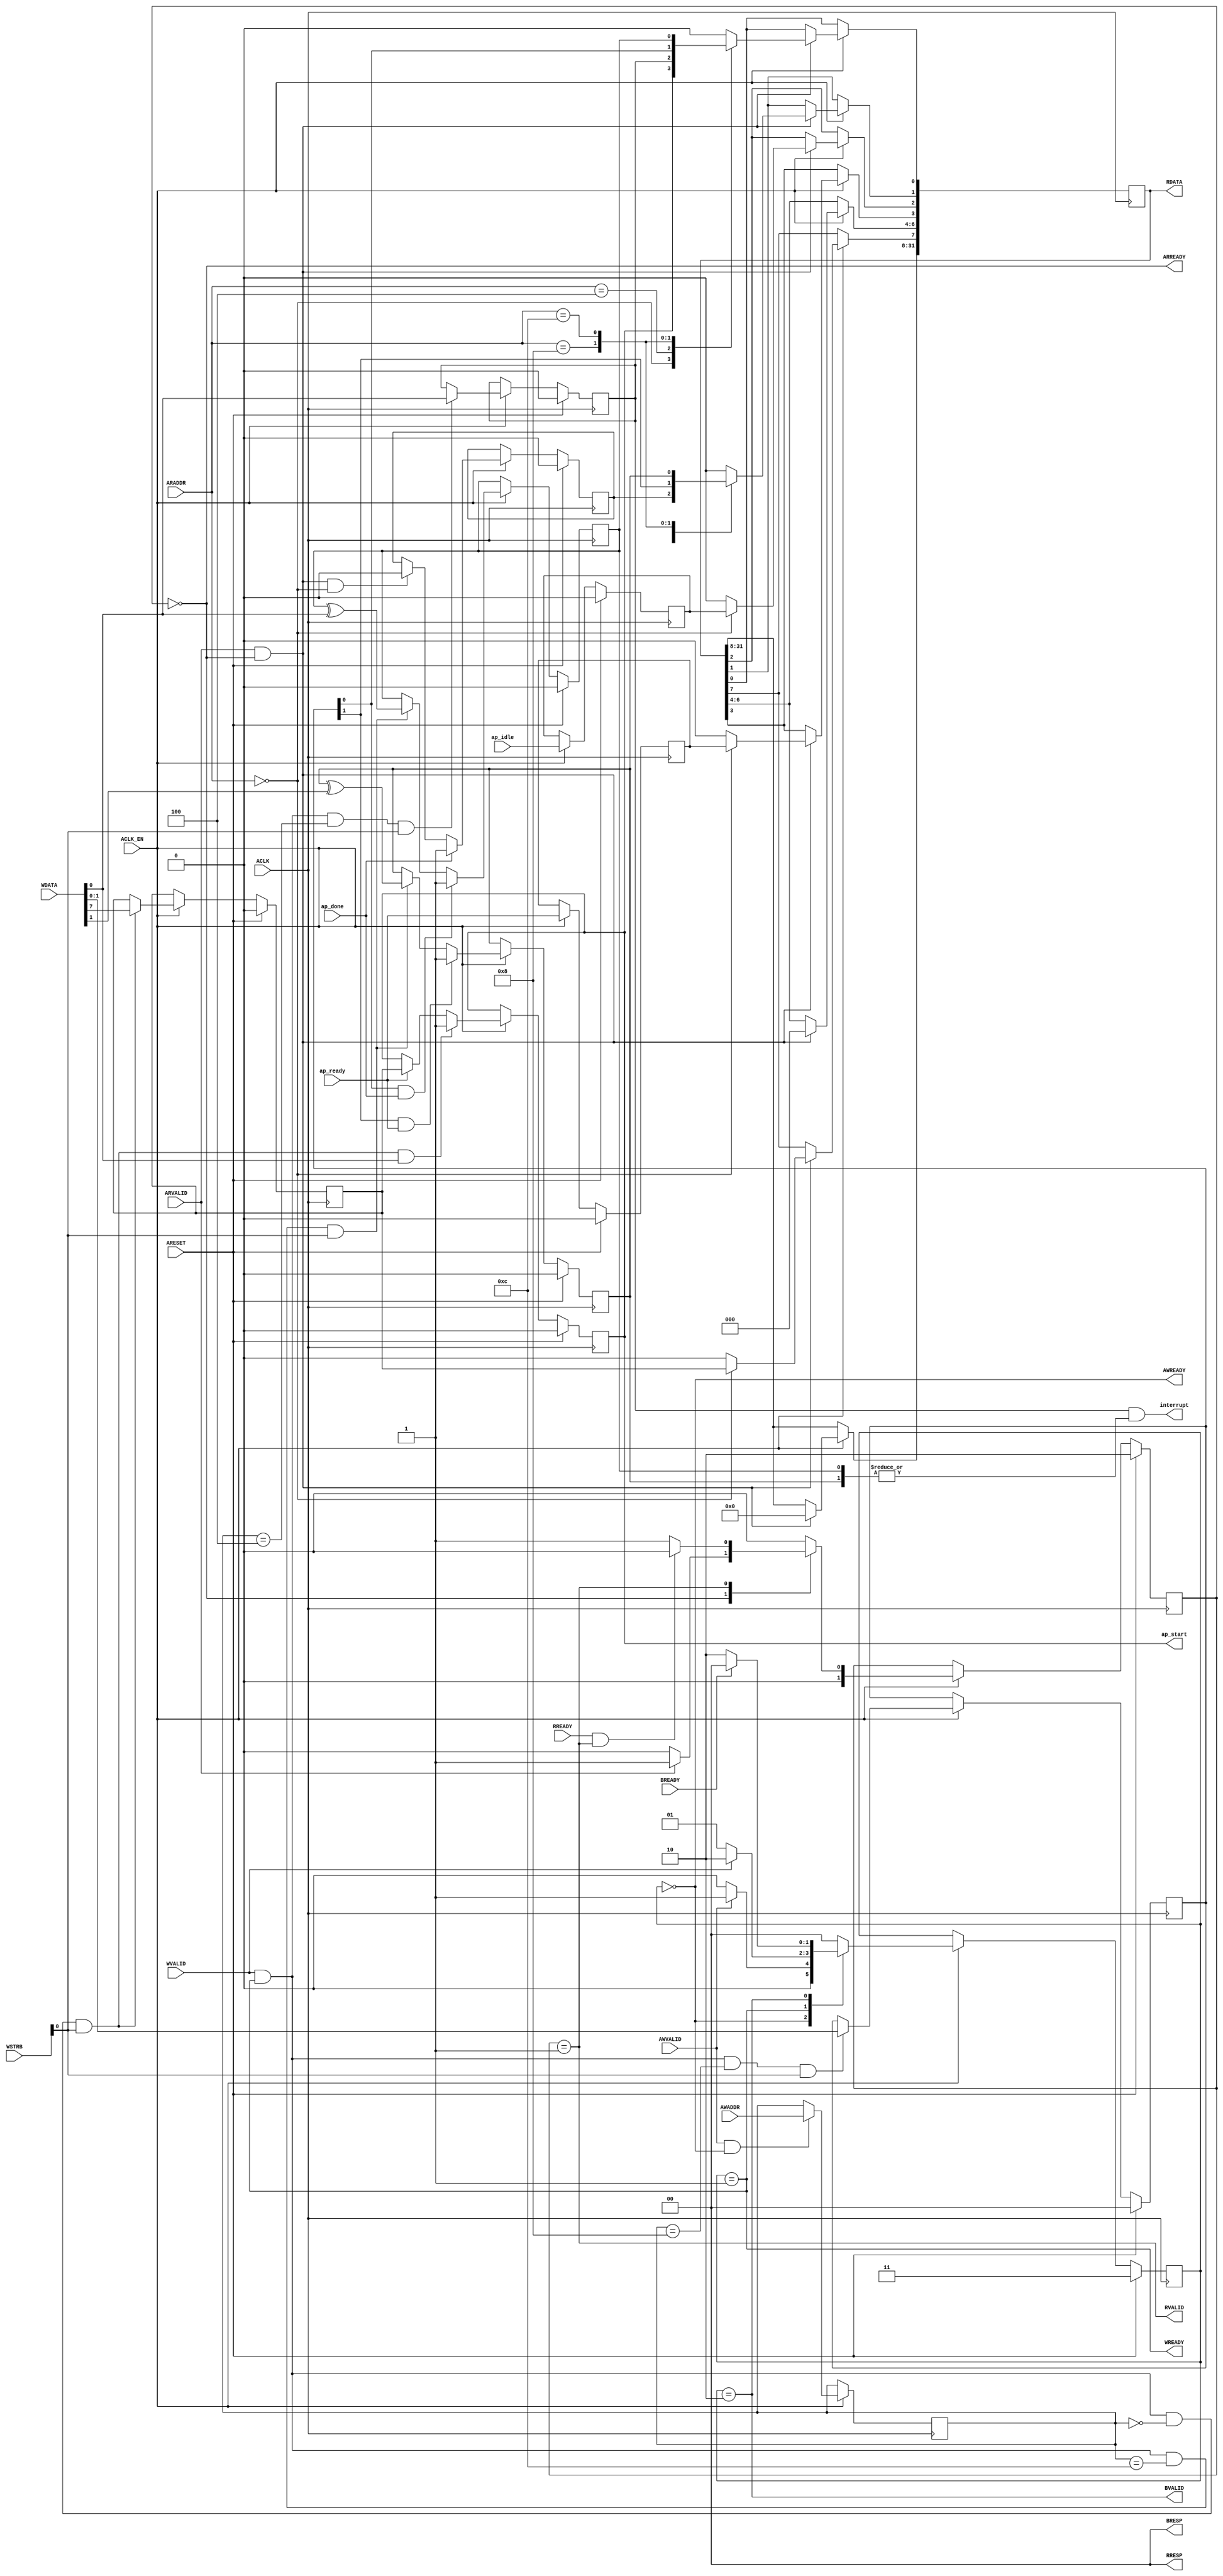
// ==============================================================
// Vivado(TM) HLS - High-Level Synthesis from C, C++ and SystemC v2019.2.1 (64-bit)
// Copyright 1986-2019 Xilinx, Inc. All Rights Reserved.
// ==============================================================
`timescale 1ns/1ps
module nn_accel_nn_accel_AXILiteS_s_axi
#(parameter
    C_S_AXI_ADDR_WIDTH = 4,
    C_S_AXI_DATA_WIDTH = 32
)(
    input  wire                          ACLK,
    input  wire                          ARESET,
    input  wire                          ACLK_EN,
    input  wire [C_S_AXI_ADDR_WIDTH-1:0] AWADDR,
    input  wire                          AWVALID,
    output wire                          AWREADY,
    input  wire [C_S_AXI_DATA_WIDTH-1:0] WDATA,
    input  wire [C_S_AXI_DATA_WIDTH/8-1:0] WSTRB,
    input  wire                          WVALID,
    output wire                          WREADY,
    output wire [1:0]                    BRESP,
    output wire                          BVALID,
    input  wire                          BREADY,
    input  wire [C_S_AXI_ADDR_WIDTH-1:0] ARADDR,
    input  wire                          ARVALID,
    output wire                          ARREADY,
    output wire [C_S_AXI_DATA_WIDTH-1:0] RDATA,
    output wire [1:0]                    RRESP,
    output wire                          RVALID,
    input  wire                          RREADY,
    output wire                          interrupt,
    output wire                          ap_start,
    input  wire                          ap_done,
    input  wire                          ap_ready,
    input  wire                          ap_idle
);
//------------------------Address Info-------------------
// 0x0 : Control signals
//       bit 0  - ap_start (Read/Write/COH)
//       bit 1  - ap_done (Read/COR)
//       bit 2  - ap_idle (Read)
//       bit 3  - ap_ready (Read)
//       bit 7  - auto_restart (Read/Write)
//       others - reserved
// 0x4 : Global Interrupt Enable Register
//       bit 0  - Global Interrupt Enable (Read/Write)
//       others - reserved
// 0x8 : IP Interrupt Enable Register (Read/Write)
//       bit 0  - Channel 0 (ap_done)
//       bit 1  - Channel 1 (ap_ready)
//       others - reserved
// 0xc : IP Interrupt Status Register (Read/TOW)
//       bit 0  - Channel 0 (ap_done)
//       bit 1  - Channel 1 (ap_ready)
//       others - reserved
// (SC = Self Clear, COR = Clear on Read, TOW = Toggle on Write, COH = Clear on Handshake)

//------------------------Parameter----------------------
localparam
    ADDR_AP_CTRL = 4'h0,
    ADDR_GIE     = 4'h4,
    ADDR_IER     = 4'h8,
    ADDR_ISR     = 4'hc,
    WRIDLE       = 2'd0,
    WRDATA       = 2'd1,
    WRRESP       = 2'd2,
    WRRESET      = 2'd3,
    RDIDLE       = 2'd0,
    RDDATA       = 2'd1,
    RDRESET      = 2'd2,
    ADDR_BITS         = 4;

//------------------------Local signal-------------------
    reg  [1:0]                    wstate = WRRESET;
    reg  [1:0]                    wnext;
    reg  [ADDR_BITS-1:0]          waddr;
    wire [31:0]                   wmask;
    wire                          aw_hs;
    wire                          w_hs;
    reg  [1:0]                    rstate = RDRESET;
    reg  [1:0]                    rnext;
    reg  [31:0]                   rdata;
    wire                          ar_hs;
    wire [ADDR_BITS-1:0]          raddr;
    // internal registers
    reg                           int_ap_idle;
    reg                           int_ap_ready;
    reg                           int_ap_done = 1'b0;
    reg                           int_ap_start = 1'b0;
    reg                           int_auto_restart = 1'b0;
    reg                           int_gie = 1'b0;
    reg  [1:0]                    int_ier = 2'b0;
    reg  [1:0]                    int_isr = 2'b0;

//------------------------Instantiation------------------

//------------------------AXI write fsm------------------
assign AWREADY = (wstate == WRIDLE);
assign WREADY  = (wstate == WRDATA);
assign BRESP   = 2'b00;  // OKAY
assign BVALID  = (wstate == WRRESP);
assign wmask   = { {8{WSTRB[3]}}, {8{WSTRB[2]}}, {8{WSTRB[1]}}, {8{WSTRB[0]}} };
assign aw_hs   = AWVALID & AWREADY;
assign w_hs    = WVALID & WREADY;

// wstate
always @(posedge ACLK) begin
    if (ARESET)
        wstate <= WRRESET;
    else if (ACLK_EN)
        wstate <= wnext;
end

// wnext
always @(*) begin
    case (wstate)
        WRIDLE:
            if (AWVALID)
                wnext = WRDATA;
            else
                wnext = WRIDLE;
        WRDATA:
            if (WVALID)
                wnext = WRRESP;
            else
                wnext = WRDATA;
        WRRESP:
            if (BREADY)
                wnext = WRIDLE;
            else
                wnext = WRRESP;
        default:
            wnext = WRIDLE;
    endcase
end

// waddr
always @(posedge ACLK) begin
    if (ACLK_EN) begin
        if (aw_hs)
            waddr <= AWADDR[ADDR_BITS-1:0];
    end
end

//------------------------AXI read fsm-------------------
assign ARREADY = (rstate == RDIDLE);
assign RDATA   = rdata;
assign RRESP   = 2'b00;  // OKAY
assign RVALID  = (rstate == RDDATA);
assign ar_hs   = ARVALID & ARREADY;
assign raddr   = ARADDR[ADDR_BITS-1:0];

// rstate
always @(posedge ACLK) begin
    if (ARESET)
        rstate <= RDRESET;
    else if (ACLK_EN)
        rstate <= rnext;
end

// rnext
always @(*) begin
    case (rstate)
        RDIDLE:
            if (ARVALID)
                rnext = RDDATA;
            else
                rnext = RDIDLE;
        RDDATA:
            if (RREADY & RVALID)
                rnext = RDIDLE;
            else
                rnext = RDDATA;
        default:
            rnext = RDIDLE;
    endcase
end

// rdata
always @(posedge ACLK) begin
    if (ACLK_EN) begin
        if (ar_hs) begin
            rdata <= 1'b0;
            case (raddr)
                ADDR_AP_CTRL: begin
                    rdata[0] <= int_ap_start;
                    rdata[1] <= int_ap_done;
                    rdata[2] <= int_ap_idle;
                    rdata[3] <= int_ap_ready;
                    rdata[7] <= int_auto_restart;
                end
                ADDR_GIE: begin
                    rdata <= int_gie;
                end
                ADDR_IER: begin
                    rdata <= int_ier;
                end
                ADDR_ISR: begin
                    rdata <= int_isr;
                end
            endcase
        end
    end
end


//------------------------Register logic-----------------
assign interrupt = int_gie & (|int_isr);
assign ap_start  = int_ap_start;
// int_ap_start
always @(posedge ACLK) begin
    if (ARESET)
        int_ap_start <= 1'b0;
    else if (ACLK_EN) begin
        if (w_hs && waddr == ADDR_AP_CTRL && WSTRB[0] && WDATA[0])
            int_ap_start <= 1'b1;
        else if (ap_ready)
            int_ap_start <= int_auto_restart; // clear on handshake/auto restart
    end
end

// int_ap_done
always @(posedge ACLK) begin
    if (ARESET)
        int_ap_done <= 1'b0;
    else if (ACLK_EN) begin
        if (ap_done)
            int_ap_done <= 1'b1;
        else if (ar_hs && raddr == ADDR_AP_CTRL)
            int_ap_done <= 1'b0; // clear on read
    end
end

// int_ap_idle
always @(posedge ACLK) begin
    if (ARESET)
        int_ap_idle <= 1'b0;
    else if (ACLK_EN) begin
            int_ap_idle <= ap_idle;
    end
end

// int_ap_ready
always @(posedge ACLK) begin
    if (ARESET)
        int_ap_ready <= 1'b0;
    else if (ACLK_EN) begin
            int_ap_ready <= ap_ready;
    end
end

// int_auto_restart
always @(posedge ACLK) begin
    if (ARESET)
        int_auto_restart <= 1'b0;
    else if (ACLK_EN) begin
        if (w_hs && waddr == ADDR_AP_CTRL && WSTRB[0])
            int_auto_restart <=  WDATA[7];
    end
end

// int_gie
always @(posedge ACLK) begin
    if (ARESET)
        int_gie <= 1'b0;
    else if (ACLK_EN) begin
        if (w_hs && waddr == ADDR_GIE && WSTRB[0])
            int_gie <= WDATA[0];
    end
end

// int_ier
always @(posedge ACLK) begin
    if (ARESET)
        int_ier <= 1'b0;
    else if (ACLK_EN) begin
        if (w_hs && waddr == ADDR_IER && WSTRB[0])
            int_ier <= WDATA[1:0];
    end
end

// int_isr[0]
always @(posedge ACLK) begin
    if (ARESET)
        int_isr[0] <= 1'b0;
    else if (ACLK_EN) begin
        if (int_ier[0] & ap_done)
            int_isr[0] <= 1'b1;
        else if (w_hs && waddr == ADDR_ISR && WSTRB[0])
            int_isr[0] <= int_isr[0] ^ WDATA[0]; // toggle on write
    end
end

// int_isr[1]
always @(posedge ACLK) begin
    if (ARESET)
        int_isr[1] <= 1'b0;
    else if (ACLK_EN) begin
        if (int_ier[1] & ap_ready)
            int_isr[1] <= 1'b1;
        else if (w_hs && waddr == ADDR_ISR && WSTRB[0])
            int_isr[1] <= int_isr[1] ^ WDATA[1]; // toggle on write
    end
end


//------------------------Memory logic-------------------

endmodule